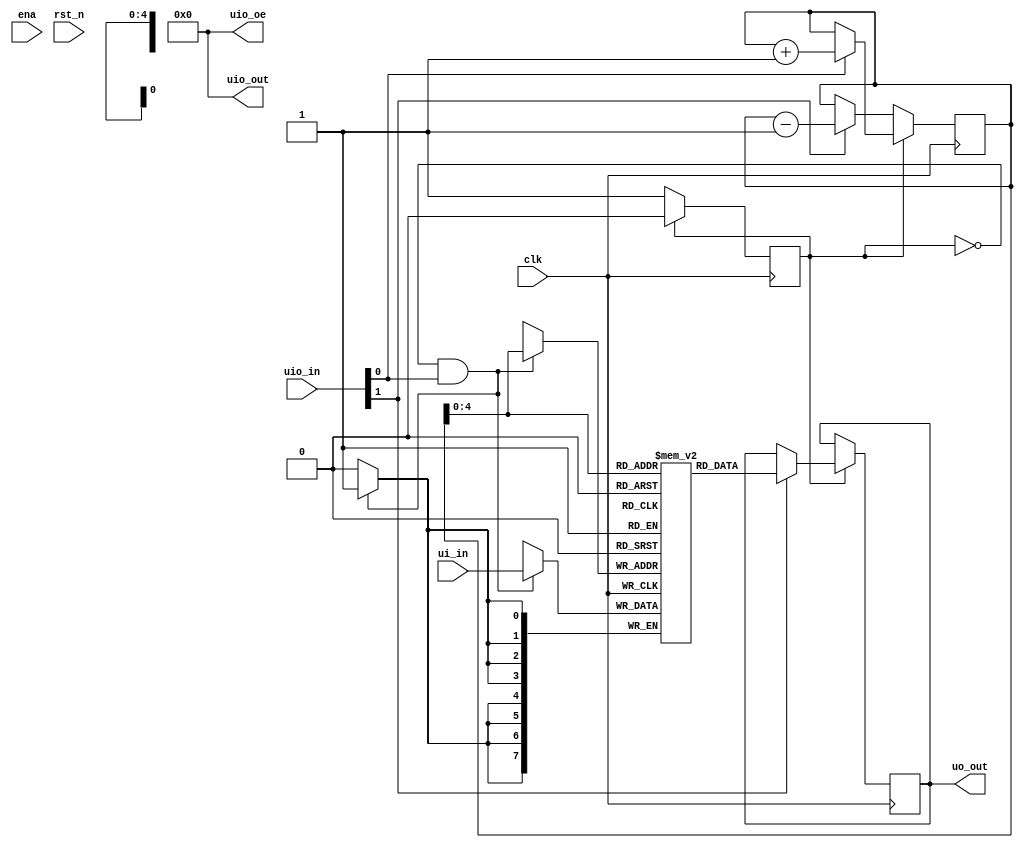
module tt_um_yannickreiss_stack
  (input  [7:0] ui_in,
   input  [7:0] uio_in,
   input  ena,
   input  clk,
   input  rst_n,
   output [7:0] uo_out,
   output [7:0] uio_out,
   output [7:0] uio_oe);
  reg push;
  reg pop;
  reg [7:0] stack_pointer;
  reg step;
  reg [7:0] oo_out;
  wire n12_o;
  wire [4:0] n13_o;
  wire [7:0] n21_o;
  wire [7:0] n22_o;
  wire [7:0] n24_o;
  wire [7:0] n25_o;
  wire [4:0] n26_o;
  wire [7:0] n32_o;
  wire [7:0] n33_o;
  wire n34_o;
  wire n37_o;
  wire [7:0] n38_o;
  localparam [7:0] n44_o = 8'b00000000;
  localparam [7:0] n45_o = 8'b00000000;
  wire n46_o;
  wire n47_o;
  reg [7:0] n49_q;
  reg n52_q;
  reg [7:0] n53_q;
  wire [7:0] n55_data; // mem_rd
  assign uo_out = oo_out;
  assign uio_out = n45_o;
  assign uio_oe = n44_o;
  /* src/tt_um_yannickreiss_stack.vhd:26:12  */
  always @*
    push = n46_o; // (isignal)
  initial
    push = 1'b0;
  /* src/tt_um_yannickreiss_stack.vhd:27:12  */
  always @*
    pop = n47_o; // (isignal)
  initial
    pop = 1'b0;
  /* src/tt_um_yannickreiss_stack.vhd:28:12  */
  always @*
    stack_pointer = n49_q; // (isignal)
  initial
    stack_pointer = 8'b00000000;
  /* src/tt_um_yannickreiss_stack.vhd:31:12  */
  always @*
    step = n52_q; // (isignal)
  initial
    step = 1'b0;
  /* src/tt_um_yannickreiss_stack.vhd:32:12  */
  always @*
    oo_out = n53_q; // (isignal)
  initial
    oo_out = 8'b00000000;
  /* src/tt_um_yannickreiss_stack.vhd:41:21  */
  assign n12_o = ~step;
  /* src/tt_um_yannickreiss_stack.vhd:45:60  */
  assign n13_o = stack_pointer[4:0];
  /* src/tt_um_yannickreiss_stack.vhd:50:79  */
  assign n21_o = stack_pointer - 8'b00000001;
  /* src/tt_um_yannickreiss_stack.vhd:49:17  */
  assign n22_o = pop ? n21_o : stack_pointer;
  /* src/tt_um_yannickreiss_stack.vhd:58:79  */
  assign n24_o = stack_pointer + 8'b00000001;
  /* src/tt_um_yannickreiss_stack.vhd:57:17  */
  assign n25_o = push ? n24_o : stack_pointer;
  /* src/tt_um_yannickreiss_stack.vhd:63:70  */
  assign n26_o = stack_pointer[4:0];
  /* src/tt_um_yannickreiss_stack.vhd:62:17  */
  assign n32_o = pop ? n55_data : oo_out;
  /* src/tt_um_yannickreiss_stack.vhd:41:13  */
  assign n33_o = n12_o ? n22_o : n25_o;
  /* src/tt_um_yannickreiss_stack.vhd:41:13  */
  assign n34_o = n12_o & push;
  /* src/tt_um_yannickreiss_stack.vhd:41:13  */
  assign n37_o = n12_o ? 1'b1 : 1'b0;
  /* src/tt_um_yannickreiss_stack.vhd:41:13  */
  assign n38_o = n12_o ? oo_out : n32_o;
  /* src/tt_um_yannickreiss_stack.vhd:80:23  */
  assign n46_o = uio_in[0];
  /* src/tt_um_yannickreiss_stack.vhd:81:23  */
  assign n47_o = uio_in[1];
  /* src/tt_um_yannickreiss_stack.vhd:40:9  */
  always @(posedge clk)
    n49_q <= n33_o;
  initial
    n49_q = 8'b00000000;
  /* src/tt_um_yannickreiss_stack.vhd:40:9  */
  always @(posedge clk)
    n52_q <= n37_o;
  initial
    n52_q = 1'b0;
  /* src/tt_um_yannickreiss_stack.vhd:40:9  */
  always @(posedge clk)
    n53_q <= n38_o;
  initial
    n53_q = 8'b00000000;
  /* src/tt_um_yannickreiss_stack.vhd:63:37  */
  reg [7:0] stack[31:0] ; // memory
  initial begin
    stack[31] = 8'b00000000;
    stack[30] = 8'b00000000;
    stack[29] = 8'b00000000;
    stack[28] = 8'b00000000;
    stack[27] = 8'b00000000;
    stack[26] = 8'b00000000;
    stack[25] = 8'b00000000;
    stack[24] = 8'b00000000;
    stack[23] = 8'b00000000;
    stack[22] = 8'b00000000;
    stack[21] = 8'b00000000;
    stack[20] = 8'b00000000;
    stack[19] = 8'b00000000;
    stack[18] = 8'b00000000;
    stack[17] = 8'b00000000;
    stack[16] = 8'b00000000;
    stack[15] = 8'b00000000;
    stack[14] = 8'b00000000;
    stack[13] = 8'b00000000;
    stack[12] = 8'b00000000;
    stack[11] = 8'b00000000;
    stack[10] = 8'b00000000;
    stack[9] = 8'b00000000;
    stack[8] = 8'b00000000;
    stack[7] = 8'b00000000;
    stack[6] = 8'b00000000;
    stack[5] = 8'b00000000;
    stack[4] = 8'b00000000;
    stack[3] = 8'b00000000;
    stack[2] = 8'b00000000;
    stack[1] = 8'b00000000;
    stack[0] = 8'b00000000;
    end
  assign n55_data = stack[n26_o];
  always @(posedge clk)
    if (n34_o)
      stack[n13_o] <= ui_in;
  /* src/tt_um_yannickreiss_stack.vhd:63:37  */
  /* src/tt_um_yannickreiss_stack.vhd:45:27  */
endmodule